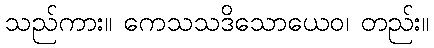
သည်ကား။ ကေသသဒိသောယေဝ၊ တည်း။